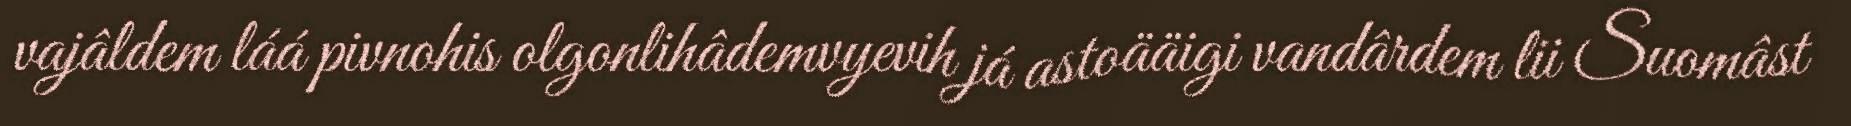
vajâldem láá pivnohis olgonlihâdemvyevih já astoääigi vandârdem lii Suomâst